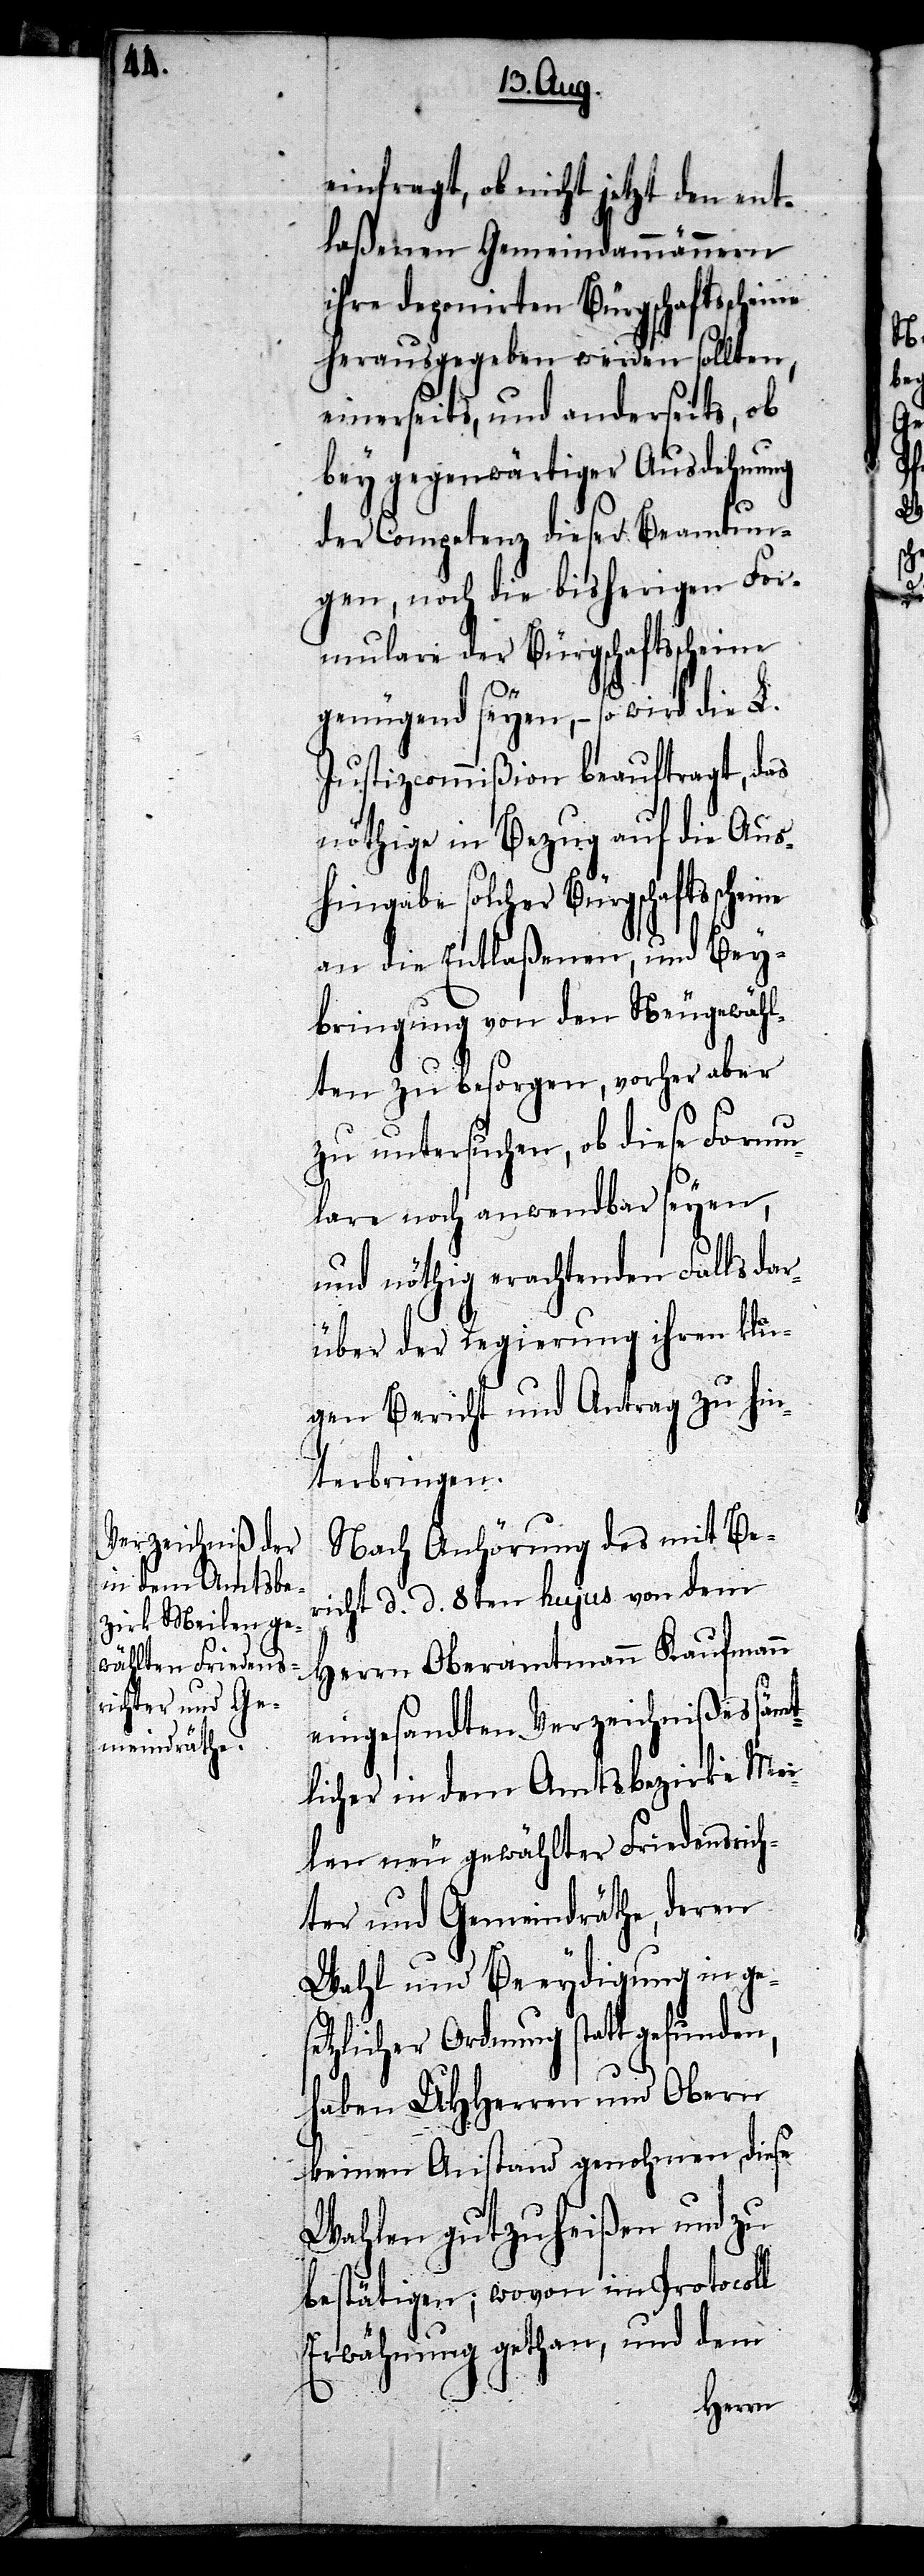
ine

einfragt, ob nicht jetzt den ent¬
laßenen Gemeindammännern
ihre deponirten Bürgschaftssche¬
herausgegeben werden sollten,
einerseits, und anderseits, ob
bey gegenwärtiger Ausdehnung
der Competenz dieser Beamtun¬
gen, noch die bisherigen For¬
mulare der Bürgschaftsscheine
genügend seyen, – so wird die L.
Justizcommißion beauftragt, das
nöthige in Bezug auf die Aus¬
hingabe solcher Bürgschaftssche¬
an die Entlaßenen, und Bey¬
bringung von den Neugewähl¬
ten zu besorgen, vorher aber
zu untersuchen, ob diese Formu¬
lare noch anwendbar seyen,
und nöthig erachtenden Falls dar¬
über der Regierung ihren klu¬
gen Bericht und Antrag zu hin¬
terbringen.
Nach Anhörung des mit Be¬
richt d. d. 8ten hujus von dem
Herrn Oberamtmann Kaufmann
eingesandten Verzeichnißes sämt¬
licher in dem Amtsbezirke Mei¬
len neu gewählter Friedensrich¬
ter und Gemeindräthe, deren
Wahl und Beeydigung in ges¬
etzlicher Ordnung statt gefunden,
haben UHHerren und Obern
keinen Anstand genohmen, diese
Wahlen gutzuheißen und zu
bestätigen; wovon im Protocoll
Erwähnung gethan und dem